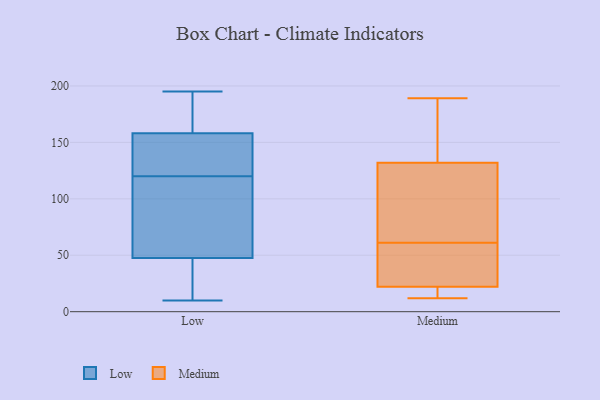
{"axis": {"x": "Satisfaction Score", "y": "Value"}, "legend": ["Low", "Medium"], "data": [{"x": "", "y": 42, "type": "Low"}, {"x": "", "y": 34, "type": "Low"}, {"x": "", "y": 114, "type": "Low"}, {"x": "", "y": 72, "type": "Low"}, {"x": "", "y": 159, "type": "Low"}, {"x": "", "y": 189, "type": "Low"}, {"x": "", "y": 169, "type": "Low"}, {"x": "", "y": 10, "type": "Low"}, {"x": "", "y": 126, "type": "Low"}, {"x": "", "y": 151, "type": "Low"}, {"x": "", "y": 157, "type": "Low"}, {"x": "", "y": 195, "type": "Low"}, {"x": "", "y": 53, "type": "Low"}, {"x": "", "y": 157, "type": "Low"}, {"x": "", "y": 78, "type": "Low"}, {"x": "", "y": 12, "type": "Low"}, {"x": "", "y": 12, "type": "Medium"}, {"x": "", "y": 189, "type": "Medium"}, {"x": "", "y": 174, "type": "Medium"}, {"x": "", "y": 116, "type": "Medium"}, {"x": "", "y": 78, "type": "Medium"}, {"x": "", "y": 132, "type": "Medium"}, {"x": "", "y": 137, "type": "Medium"}, {"x": "", "y": 18, "type": "Medium"}, {"x": "", "y": 36, "type": "Medium"}, {"x": "", "y": 32, "type": "Medium"}, {"x": "", "y": 22, "type": "Medium"}, {"x": "", "y": 59, "type": "Medium"}, {"x": "", "y": 63, "type": "Medium"}, {"x": "", "y": 13, "type": "Medium"}]}